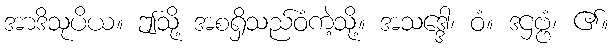
အာဒိသုပိယ။ ဤသို့ အစရှိသည်ဝံကဲ့သို့။ အသဒ္ဒေါ၊ ဝံ။ ဒဌဗ္ဗံ၊ ၏။